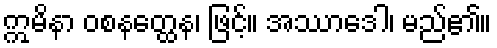
ဣမိနာ ဝစနတ္ထေန၊ ဖြင့်။ အဿာဒေါ၊ မည်၏။